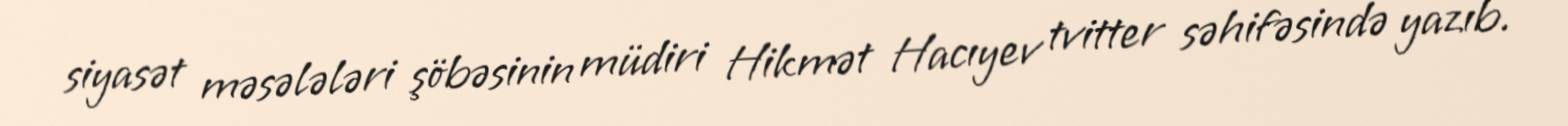
siyasət məsələləri şöbəsinin müdiri Hikmət Hacıyev tvitter səhifəsində yazıb.